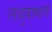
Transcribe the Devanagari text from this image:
लधुपाषाण